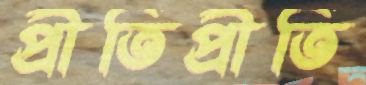
প্রীতিপ্রীতি